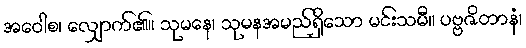
အဝေါစ၊ လျှောက်၏။ သုမနေ၊ သုမနအမည်ရှိသော မင်းသမီ။ ပဗ္ဗဇိတာနံ၊